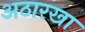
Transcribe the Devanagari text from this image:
अठारखा